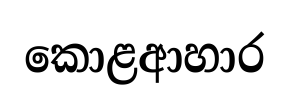
කොළආහාර